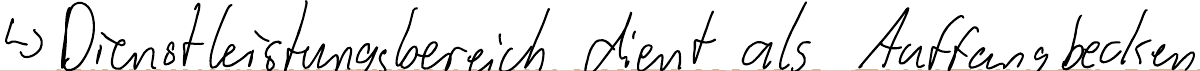
-> Dienstleistungsbereich dient als Auffangbecken